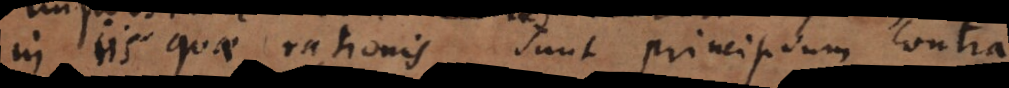
in iis quae rationis sunt principium contr